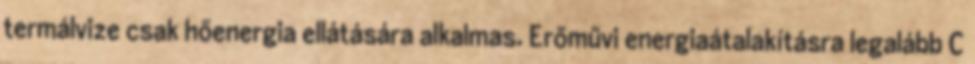
termálvize csak hőenergia ellátására alkalmas. Erőművi energiaátalakításra legalább C